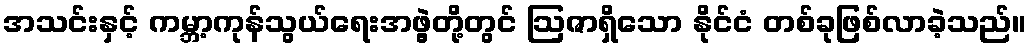
အသင်းနှင့် ကမ္ဘာ့ကုန်သွယ်ရေးအဖွဲ့တို့တွင် ဩဇာရှိသော နိုင်ငံ တစ်ခုဖြစ်လာခဲ့သည်။